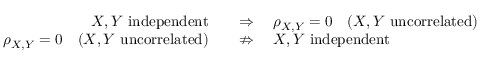
{ \begin{array} { r l } { X , Y { \mathrm { ~ i n d e p e n d e n t } } \quad } & { \Rightarrow \quad \rho _ { X , Y } = 0 \quad ( X , Y { \mathrm { ~ u n c o r r e l a t e d } } ) } \\ { \rho _ { X , Y } = 0 \quad ( X , Y { \mathrm { ~ u n c o r r e l a t e d } } ) \quad } & { \nRightarrow \quad X , Y { \mathrm { ~ i n d e p e n d e n t } } } \end{array} }